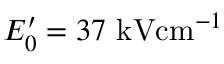
E _ { 0 } ^ { \prime } = 3 7 \ensuremath { ~ \mathrm { k V } \mathrm { c m } ^ { - 1 } }